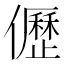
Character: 儮